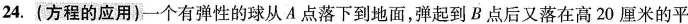
24.(方程的应用)一个有弹性的球从A点落下到地面，弹起到B点后又落在高20厘米的平